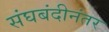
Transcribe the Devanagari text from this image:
संघबंदीनंतर